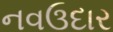
નવઉદાર